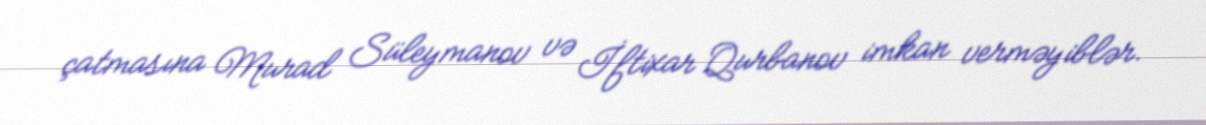
çatmasına Murad Süleymanov və İftixar Qurbanov imkan verməyiblər.